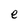
Character: e